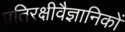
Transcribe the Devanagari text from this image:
प्रतिरक्षीवैज्ञानिकों